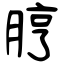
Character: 脝